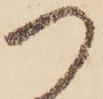
つ